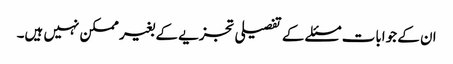
ان کے جوابات مسئلے کے تفصیلی تجزیے کے بغیر ممکن نہیں ہیں۔